Indian journal of veterinary science and animal husbandry - Volume 7,
Year: 1937
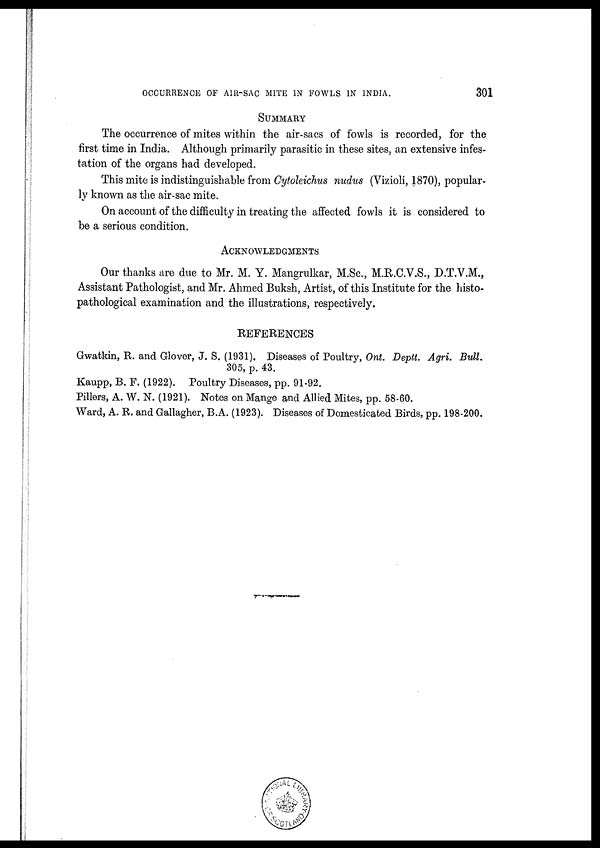
OCCURRENCE OF AIR-SAC MITE IN FOWLS IN INDIA.
301
SUMMARY
The occurrence of mites within the air-sacs of fowls is recorded, for the
first time in India. Although primarily parasitic in these sites, an extensive infes-
tation of the organs had developed.
This mite is indistinguishable from Cytoleichus nudus (Vizioli, 1870), popular-
ly known as the air-sac mite.
On account of the difficulty in treating the affected fowls it is considered to
be a serious condition.
ACKNOWLEDGMENTS
Our thanks are due to Mr. M. Y. Mangrulkar, M.Sc., M.R.C.V.S., D.T.V.M.,
Assistant Pathologist, and Mr. Ahmed Buksh, Artist, of this Institute for the histo¬
pathological examination and the illustrations, respectively.
REFERENCES
Gwatkin, R. and Glover, J. S. (1931). Diseases of Poultry, Ont. Deptt. Agri. Bull.
305, p. 43.
Kaupp, B. F. (1922). Poultry Diseases, pp. 91-92.
Pillers, A. W. N. (1921). Notes on Mange and Allied Mites, pp. 58-60.
Ward, A. R. and Gallagher, B.A. (1923). Diseases of Domesticated Birds, pp. 198-200.